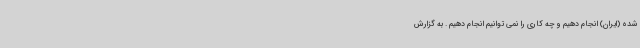
شده (ایران) انجام دهیم و چه کاری را نمی توانیم انجام دهیم . به گزارش